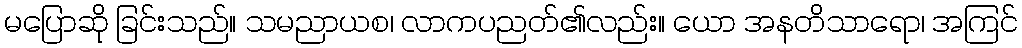
မပြောဆို ခြင်းသည်။ သမညာယစ၊ လာကပညတ်၏လည်း။ ယော အနတိသာရော၊ အကြင်